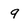
Character: 9